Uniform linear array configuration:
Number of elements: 12
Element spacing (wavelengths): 1
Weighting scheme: binomial
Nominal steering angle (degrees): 15
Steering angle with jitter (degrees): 13.26
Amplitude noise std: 0.05
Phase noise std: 0.05

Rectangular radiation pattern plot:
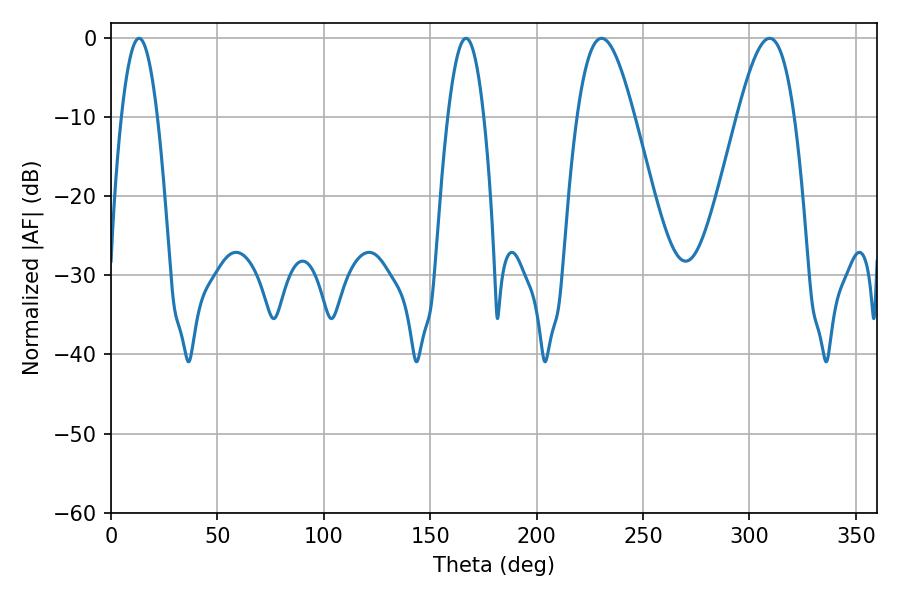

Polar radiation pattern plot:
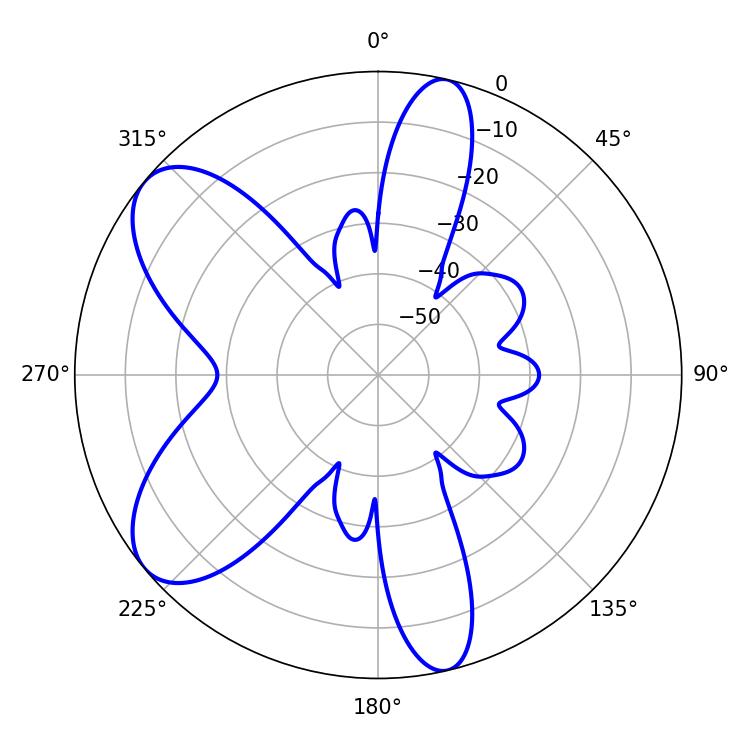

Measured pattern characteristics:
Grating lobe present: TRUE
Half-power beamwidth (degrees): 14.4
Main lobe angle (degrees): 230.58